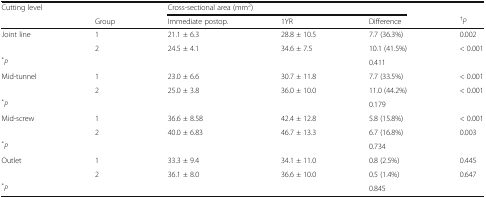
| Cutting level |  | <COLSPAN=3> Cross-sectional area (mm2) |  |
 |  | Group | Immediate postop. | 1YR | Difference | †P |
 | --- | --- | --- | --- | --- | --- |
 | Joint line | 1 | 21.1 ± 6.3 | 28.8 ± 10.5 | 7.7 (36.3%) | 0.002 |
 |  | 2 | 24.5 ± 4.1 | 34.6 ± 7.5 | 10.1 (41.5%) | < 0.001 |
 | *P |  |  |  | 0.411 |  |
 | Mid-tunnel | 1 | 23.0 ± 6.6 | 30.7 ± 11.8 | 7.7 (33.5%) | < 0.001 |
 |  | 2 | 25.0 ± 3.8 | 36.0 ± 10.0 | 11.0 (44.2%) | < 0.001 |
 | *P |  |  |  | 0.179 |  |
 | Mid-screw | 1 | 36.6 ± 8.58 | 42.4 ± 12.8 | 5.8 (15.8%) | < 0.001 |
 |  | 2 | 40.0 ± 6.83 | 46.7 ± 13.3 | 6.7 (16.8%) | 0.003 |
 | *P |  |  |  | 0.734 |  |
 | Outlet | 1 | 33.3 ± 9.4 | 34.1 ± 11.0 | 0.8 (2.5%) | 0.445 |
 |  | 2 | 36.1 ± 8.0 | 36.6 ± 10.0 | 0.5 (1.4%) | 0.647 |
 | *P |  |  |  | 0.845 |  |